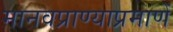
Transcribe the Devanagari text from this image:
मानवप्राण्याप्रमाणें